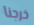
خرجنا